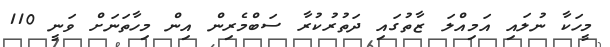
މީހަކާ ނުލައި އަމިއްލަ ޒާތުގައި ދަތުރުކުރާ ސަބްމެރިން އިން މިހާތަނަށް ވަނީ 110